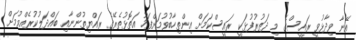
އޭނާ ވިދާޅުވީ ރައީސްގެ މި ދަތުރުފުޅަކީ ރައީސްކަމަށް އިންތިހާބުވުމަށްފަހު އަތޮޅުތެރޭގެ ރައްޔިތުންނާއި ބައްދަލުކުރެއްވުމަށް